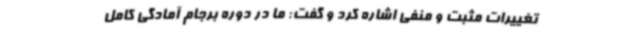
تغییرات مثبت و منفی اشاره کرد و گفت: ما در دوره برجام آمادگی کامل